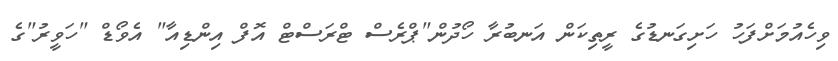
ވިހެއުމަށްފަހު ހަށިގަނޑުގެ ރީތިކަން އަނބުރާ ހޯދުން"ޕްރެސް ޓްރަސްޓް އޮފް އިންޑިއާ" އެވޯޑް "ހަވީރު"ގެ